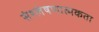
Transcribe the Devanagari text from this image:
संश्लेषणात्मकता